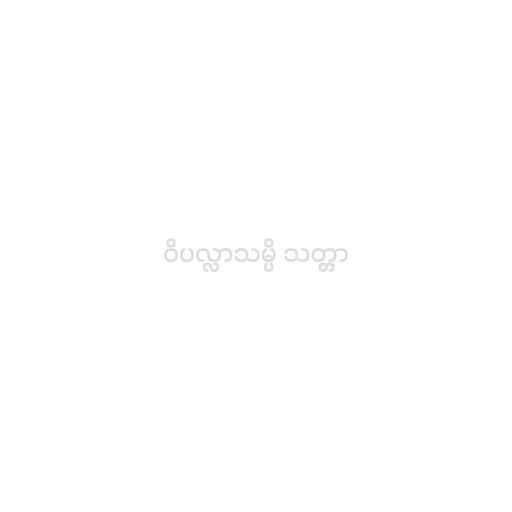
ဝိပလ္လာသမ္ပိ သတ္တာ